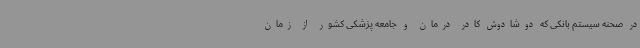
در صحنه سیستم بانکی که دوشادوش کادر درمان و جامعه پزشکی کشور از زمان